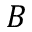
B